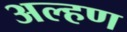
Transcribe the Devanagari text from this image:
अल्हण